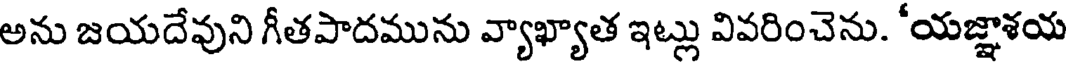
అను జయదేవుని గీతపాదమును వ్యాఖ్యాత ఇట్లు వివరించెను. 'యజ్ఞాశయ